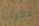
نحرك